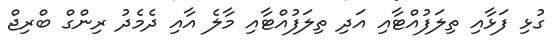
ގުޅި ފަޅާއި ތިލަފުއްޓާއި އަދި ތިލަފުއްޓާއި މާލެ އާއި ދެމެެދު ރިންގް ބްރިޖް